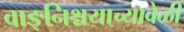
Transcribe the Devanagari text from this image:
वाङ्‌निश्चयाच्यावेळी